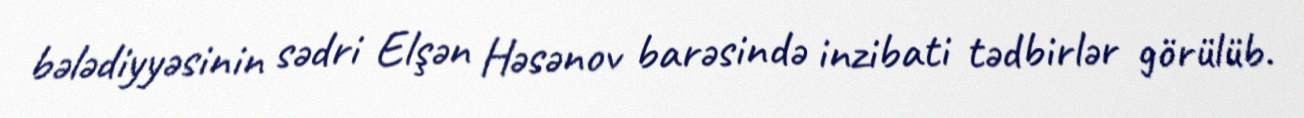
bələdiyyəsinin sədri Elşən Həsənov barəsində inzibati tədbirlər görülüb.